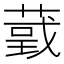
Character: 𦸴